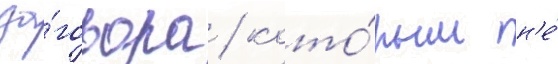
за́говора / кото́рым н'е́